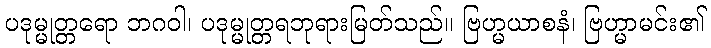
ပဒုမ္မုတ္တရော ဘဂဝါ၊ ပဒုမ္မုတ္တရဘုရားမြတ်သည်။ ဗြဟ္မယာစနံ၊ ဗြဟ္မာမင်း၏